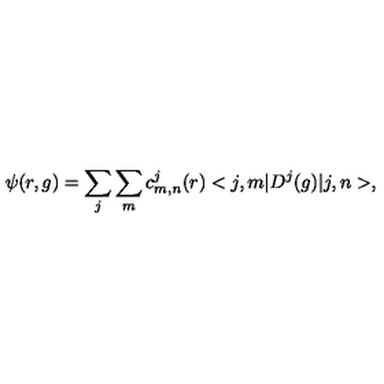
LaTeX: \psi ( r , g ) = \sum _ { j } \sum _ { m } c _ { m , n } ^ { j } ( r ) < j , m | D ^ { j } ( g ) | j , n > ,